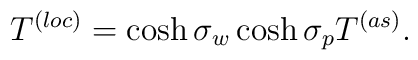
T^{(loc)} = \cosh\sigma_w\cosh\sigma_p T^{(as)}.